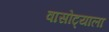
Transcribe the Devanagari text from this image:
वासोट्याला